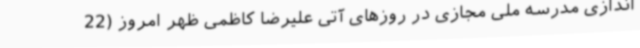
‌اندازی مدرسه ملی مجازی در روزهای آتی علیرضا کاظمی ظهر امروز (22